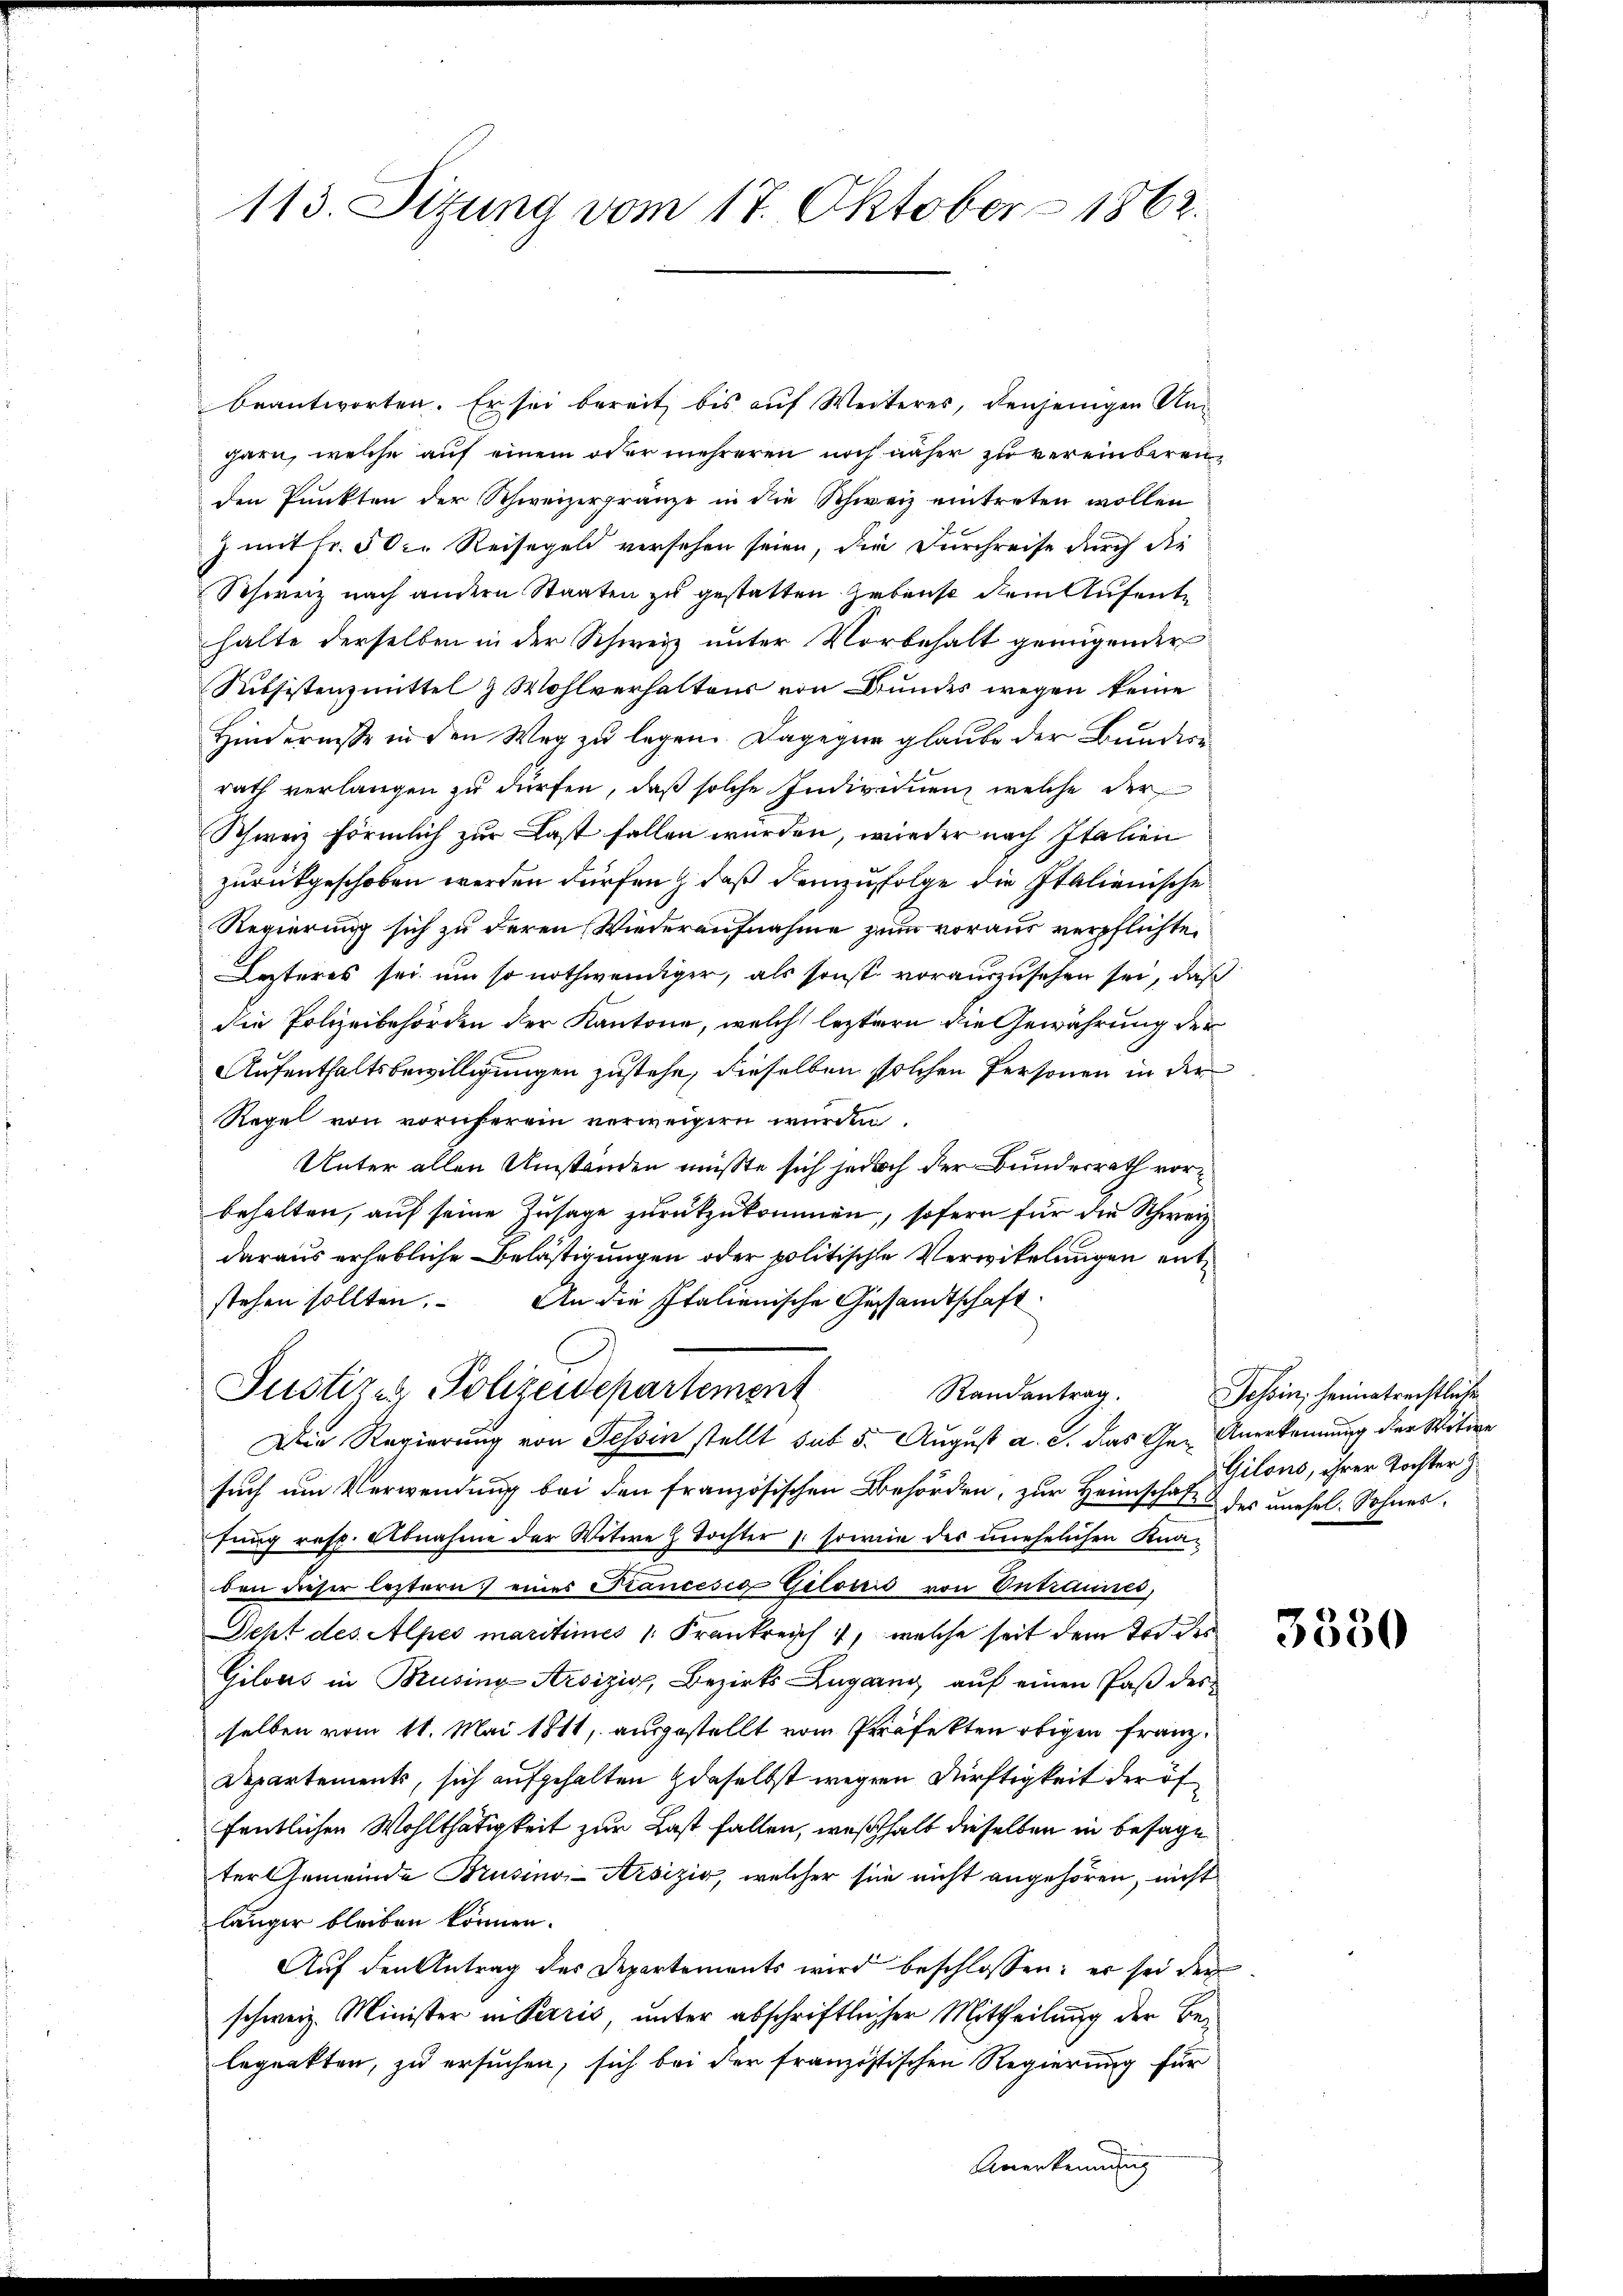
113. Sitzung vom 17. Oktober 1862.

beantworten. Er sei bereit bis auf Weiteres, denjenigen Un-
garn, welche auf einem oder mehreren noch näher zu vereinbaren,
den Punkten der Schweizergränze in die Schweiz eintreten wollen
z mit Fr. 5 der Reisegeld versehen seien, die Durchreise durch die
Schweiz nach andern Staaten zu gestatten Hebens dem Aufente
halte derselben in der Schweiz unter Vorbehalt genügender
Subsistenzmittel & Wohlverhaltens von Bundes wegen keine
Hinderniße in den Weg zu legen. Dagegen glaube der Bundere
rath verlangen zu dürfen, daß solche Individuen, welche der
Schweiz förmlich zur Last fallen würden, wieder nach Italien
zurückgeschoben werden dürfen, daß demzufolge die Italienische
Regierung sich zu deren Wiederaufnahme zum voraus verpflichten
Lezteres sei um so nothwendiger, als sonst vorauszusehen sei, daß
die Polizeibehörden der Kantone, welch leztern die Gewährung der
Aufenthaltsbewilligungen zustehe, dieselben solchen Personen in der
Regel von vornherein verweigern würden.
Unter allen Umständen müßte sich jedoch der Bundesrath vorbehalten, auf seine Zusage zurückzukommen, sofern für die Schweiz
daraus erhebliche Belästigungen oder politische Verwikelungen entstehen sollten. An die Italienische Gesandtschaft
Justizen Polizeidepartement
Die Regierung von Tessin stellt sub 5. August a. c. das Ge- Anerkennung der Witwe
such um Verwendung bei den französischen Behörden, zur Heimschaft & des unehel. Sohnes,
fung resp. Abnahme der Witwe H. Tochter h. sowie der unehelichen Kna-
ben dieser leztern eines Trancesia Gilović von Entraunes,
Seht des Alpes maritimes 1 Frankreich, welche seit dem Tod des
Gilous in Brusing-Arsizig, Bezirks Zugarn, auf einen Paß des
selben vom 11. Mai 1811, ausgestellt vom Präfekten obigen Franz¬
Departements, sich aufgehalten daselbst wegen Dürftigkeit der öffentlichen Wohlthätigkeit zur Last fallen, weßhalb dieselben in besage
ter Gemeinde Brusino-Arsizio, welcher sie nicht angehören, nicht
länger bleiben können.
Auf den Antrag des Departements wird beschlossen: er sei der
schweiz. Minister in Paris, unter abschriftlicher Mittheilung der Belepunkten, zu ersuchen, sich bei der franzistischen Regierung für

Randantrag. Tessin, heimatrechtlichen

Gilons, ihrer Tochter J

3330